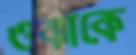
ওঝাকে